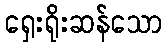
ရှေးရိုးဆန်သော